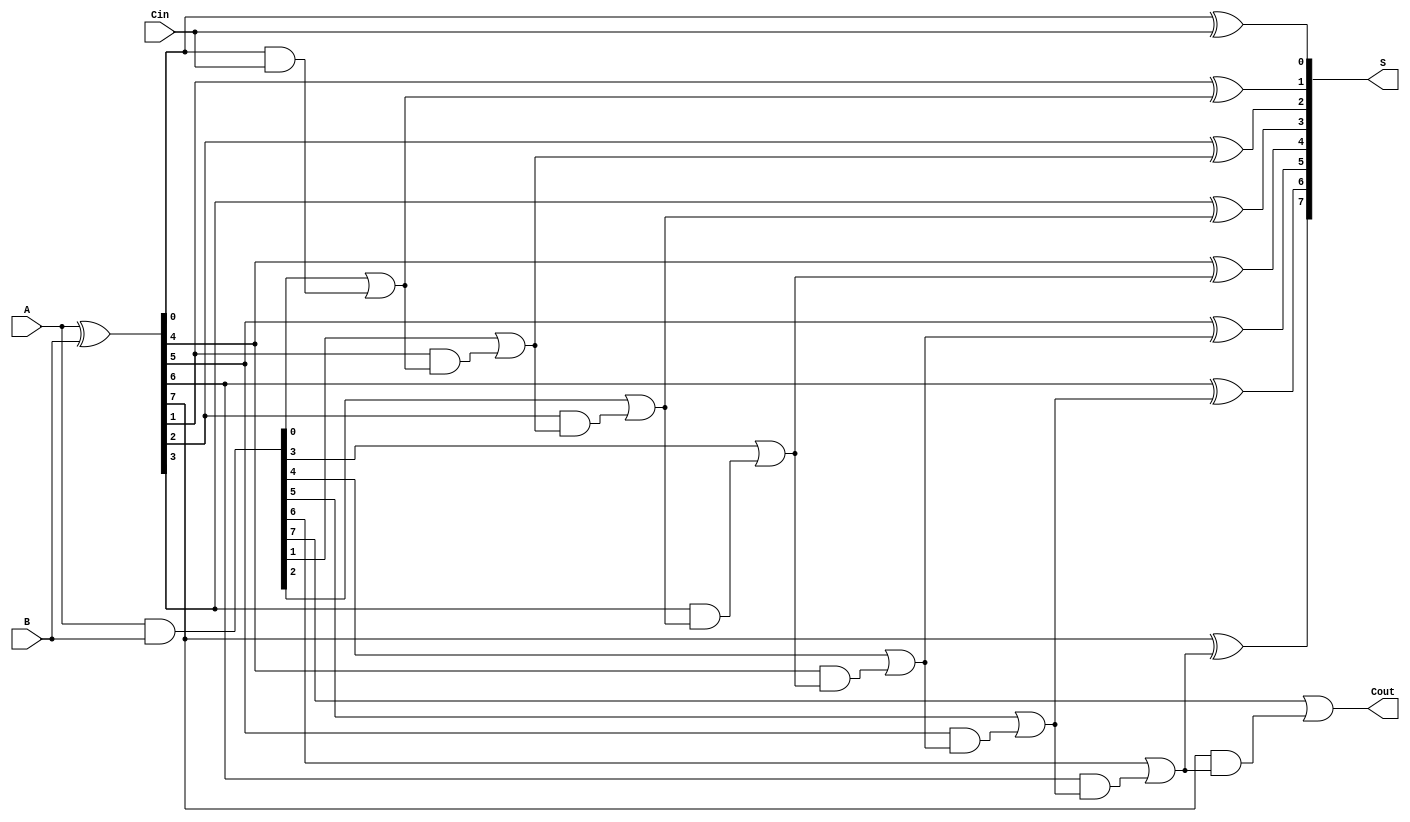
module KoggeStoneAdder #(parameter N = 8) (
    input  [N-1:0] A,
    input  [N-1:0] B,
    input          Cin,
    output [N-1:0] S,
    output         Cout
);

    // Generate and propagate signals
    wire [N-1:0] G; // Generate
    wire [N-1:0] P; // Propagate
    wire [N:0] C;   // Carry

    // Generate and propagate calculations
    assign G = A & B;       // G[i] = A[i] AND B[i]
    assign P = A ^ B;       // P[i] = A[i] XOR B[i]
    assign C[0] = Cin;      // Cin is the initial carry

    // Carry generation using multiple levels
    genvar i, j;
    generate
        // Level 1
        for (i = 0; i < N; i = i + 1) begin: level1
            if (i == 0) begin
                assign C[i + 1] = G[i] | (P[i] & C[0]);
            end else begin
                assign C[i + 1] = G[i] | (P[i] & C[i]);
            end
        end
    endgenerate

    // Level 2 (two bits at a time)
    generate
        for (j = 0; j < N; j = j + 2) begin: level2
            if (j < N - 1) begin
                assign C[j + 2] = G[j + 1] | (P[j + 1] & C[j + 1]);
            end
        end
    endgenerate

    // More levels can be added depending on the desired depth (for N > 4)
    // This is a simplified example, and further levels can be added for larger N
    
    // Sum calculation
    generate
        for (i = 0; i < N; i = i + 1) begin: sum_calculation
            assign S[i] = P[i] ^ C[i]; // S[i] = P[i] XOR C[i]
        end
    endgenerate

    // Carry out is the last carry generated
    assign Cout = C[N];

endmodule